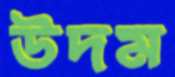
উদম